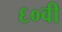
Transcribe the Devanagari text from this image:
६०वी